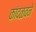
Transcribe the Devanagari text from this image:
कांदळवने